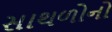
સાથળોનો